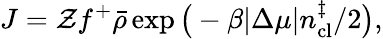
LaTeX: J=\mathcal{Z}f^{+}\bar{\rho}\exp\big(-\beta|\Delta\mu|n_{\mathrm{cl}}^{\ddagger}/2\big),